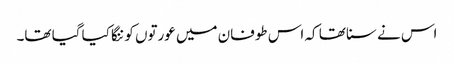
اس نے سنا تھا کہ اس طوفان میں عورتوں کو ننگا کیا گیا تھا۔